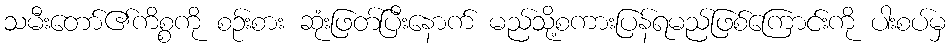
သမီးတော်၏ကိစ္စကို စဉ်းစား ဆုံးဖြတ်ပြီးနောက် မည်သို့စကားပြန်ရမည်ဖြစ်ကြောင်းကို ပါးစပ်မှ